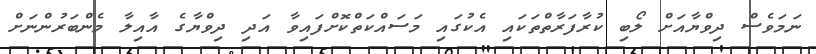
ނަމަވެސް ދިވްޔާއަށް ލޯބި ކުރާފަރާތްތަކައި އެކުގައި މަސައްކަތްކޮށްފައިވާ އަދި ދިވްޔާގެ އާއިލާ މެންބަރުންނަށް